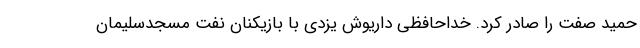
حمید صفت را صادر کرد. خداحافظی داریوش یزدی با بازیکنان نفت مسجدسلیمان